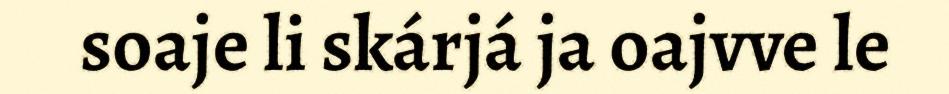
soaje li skárjá ja oajvve le